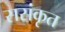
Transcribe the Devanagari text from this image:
ससंकृत